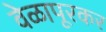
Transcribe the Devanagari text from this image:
वेळापूरकर